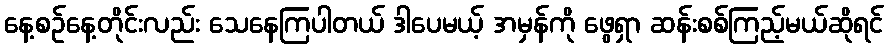
နေ့စဉ်နေ့တိုင်းလည်း သေနေကြပါတယ် ဒါပေမယ့် အမှန်ကို ဖွေရှာ ဆန်းစစ်ကြည့်မယ်ဆိုရင်